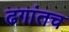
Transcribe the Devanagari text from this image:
ढगांतच